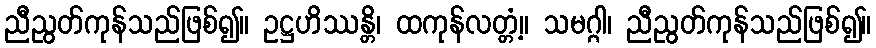
ညီညွတ်ကုန်သည်ဖြစ်၍။ ဥဋ္ဌဟိဿန္တိ၊ ထကုန်လတ္တံ့။ သမဂ္ဂါ၊ ညီညွတ်ကုန်သည်ဖြစ်၍။